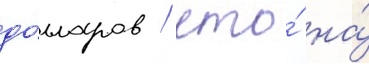
до́лларов / что́ на́